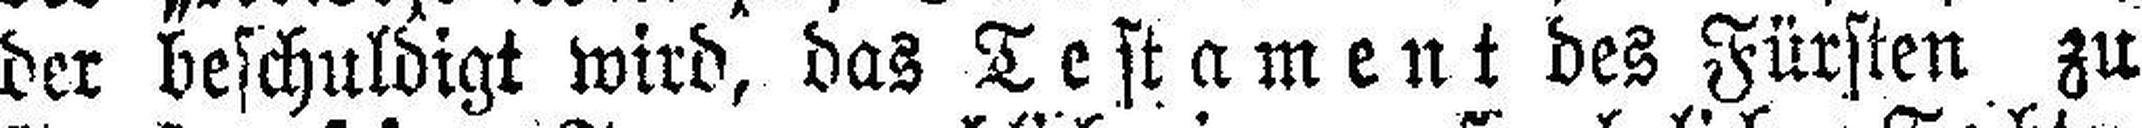
der beschuldigt wird, das Testament des Fürsten zu